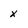
Character: x